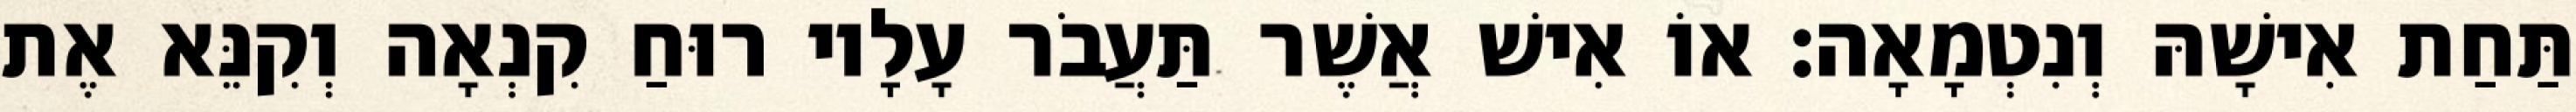
תַּחַת אִישָׁהּ וְנִטְמָאָה׃ אוֹ אִישׁ אֲשֶׁר תַּעֲבֹר עָלָיו רוּחַ קִנְאָה וְקִנֵּא אֶת